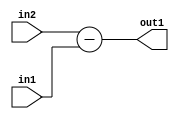
`timescale 1ps / 1ps
/*****************************************************************************
    Verilog RTL Description
    
    
    Created by: Stratus DpOpt 2019.1.01 
*******************************************************************************/

module pw_weight_addr_gen_Sub_16Ux8U_17S_4 (
	in2,
	in1,
	out1
	); /* architecture "behavioural" */ 
input [15:0] in2;
input [7:0] in1;
output [16:0] out1;
wire [16:0] asc001;

assign asc001 = 
	+(in2)
	-(in1);

assign out1 = asc001;
endmodule

/* CADENCE  ubL2SAg= : u9/ySgnWtBlWxVPRXgAZ4Og= ** DO NOT EDIT THIS LINE ******/